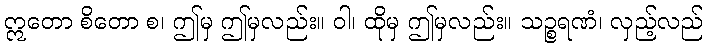
ဣတော စိတော စ၊ ဤမှ ဤမှလည်း။ ဝါ၊ ထိုမှ ဤမှလည်း။ သဉ္စရဏံ၊ လှည့်လည်